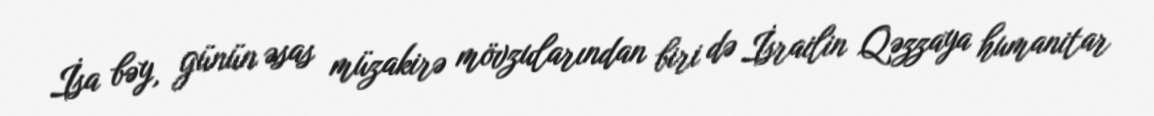
İsa bəy, günün əsas müzakirə mövzularından biri də İsrailin Qəzzaya humanitar